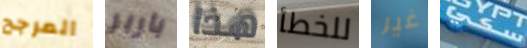
المرجح باربر هذا للخطأ غير سكي